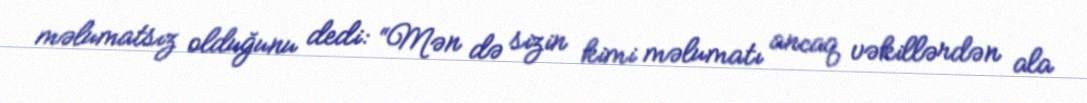
məlumatsız olduğunu dedi: “Mən də sizin kimi məlumatı ancaq vəkillərdən ala